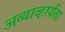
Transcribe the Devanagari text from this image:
अव्याव्हार्यता